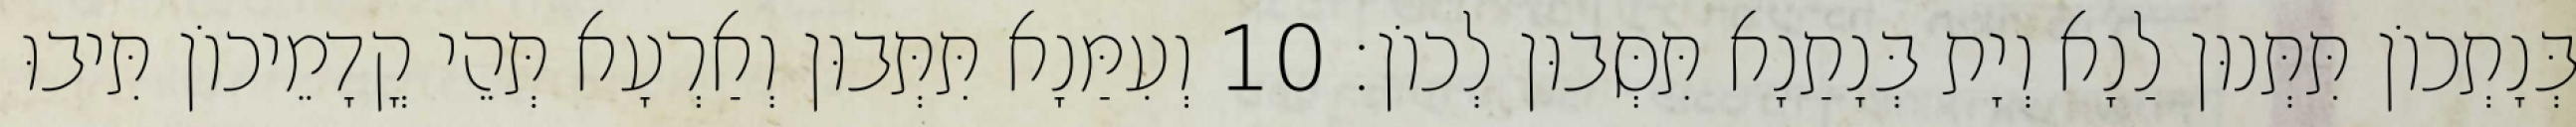
בְּנָתְכוֹן תִּתְּנוּן לַנָא וְיָת בְּנָתַנָא תִּסְּבוּן לְכוֹן׃ 10 וְעִמַּנָא תִּתְּבוּן וְאַרְעָא תְּהֵי קֳדָמֵיכוֹן תִּיבוּ